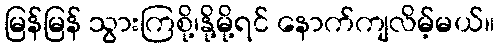
မြန်မြန် သွားကြစို့၊နို့မို့ရင် နောက်ကျလိမ့်မယ်။